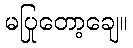
မပြုတော့ချေ။